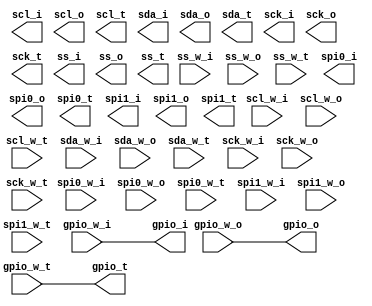
`timescale 1ns / 1ps

module interface_slice(
// gpio type
gpio_w_i,
gpio_w_o,
gpio_w_t,

gpio_i,
gpio_o,
gpio_t,

// iic type
scl_w_i,
scl_w_o,
scl_w_t,
sda_w_i,
sda_w_o,
sda_w_t,

scl_i,
scl_o,
scl_t,
sda_i,
sda_o,
sda_t,

// spi type
spi0_w_i,
spi0_w_o,
spi0_w_t,
spi1_w_i,
spi1_w_o,
spi1_w_t,
sck_w_i,
sck_w_o,
sck_w_t,
ss_w_i,
ss_w_o,
ss_w_t,

spi0_i,
spi0_o,
spi0_t,
spi1_i,
spi1_o,
spi1_t,
sck_i,
sck_o,
sck_t,
ss_i,
ss_o,
ss_t
);

parameter TYPE = 1;
parameter WIDTH = 1;

// gpio type
input [WIDTH-1:0] gpio_w_i;
input[WIDTH-1:0] gpio_w_o;
input[WIDTH-1:0] gpio_w_t;
output reg [WIDTH-1:0] gpio_i;
output reg [WIDTH-1:0] gpio_o;
output reg [WIDTH-1:0] gpio_t;
// iic type
input scl_w_i;
input scl_w_o;
input scl_w_t;
input sda_w_i;
input sda_w_o;
input sda_w_t;
output reg scl_i;
output reg scl_o;
output reg scl_t;
output reg sda_i;
output reg sda_o;
output reg sda_t;
// spi type
input spi0_w_i;
input spi0_w_o;
input spi0_w_t;
input spi1_w_i;
input spi1_w_o;
input spi1_w_t;
input sck_w_i;
input sck_w_o;
input sck_w_t;
input ss_w_i;
input ss_w_o;
input ss_w_t;
output reg spi0_i;
output reg spi0_o;
output reg spi0_t;
output reg spi1_i;
output reg spi1_o;
output reg spi1_t;
output reg sck_i;
output reg sck_o;
output reg sck_t;
output reg ss_i;
output reg ss_o;
output reg ss_t;


genvar i;
generate
case(TYPE)
    1: begin: GPIO
        for (i=0; i < WIDTH; i=i+1)
            begin: GPIO_SLICE
                always@(*) begin
                    gpio_i <= gpio_w_i;
                    gpio_o <= gpio_w_o;
                    gpio_t <= gpio_w_t;
                end
            end
       end
    2: begin: IIC
        always@(*) begin
            scl_i <= scl_w_i;
            scl_o <= scl_w_o;
            scl_t <= scl_w_t;
            sda_i <= sda_w_i;
            sda_o <= sda_w_o;
            sda_t <= sda_w_t;
        end
       end
    3: begin: SPI
        always@(*) begin
            spi0_i <= spi0_w_i;
            spi0_o <= spi0_w_o;
            spi0_t <= spi0_w_t;
            spi1_i <= spi1_w_i;
            spi1_o <= spi1_w_o;
            spi1_t <= spi1_w_t;
            sck_i <= sck_w_i;
            sck_o <= sck_w_o;
            sck_t <= sck_w_t;
            ss_i <= ss_w_i;
            ss_o <= ss_w_o;
            ss_t <= ss_w_t;
        end
       end
endcase
endgenerate
endmodule